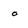
Character: o